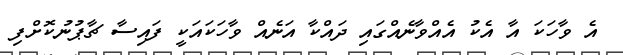
އެ ވާހަކަ އާ އެކު އެއްވާނެއްގައި ދައްކާ އަނެއް ވާހަކައަކީ ފައިސާ ޗާޕުނުކޮށްފި